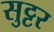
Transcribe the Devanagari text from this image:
सुट्टर